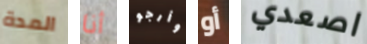
المدة أنا وأرجو أو اصعدي